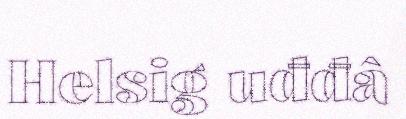
Helsig uđđâ